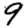
Digit: 9